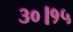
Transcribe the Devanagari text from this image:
३०।१५